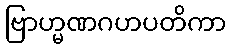
ဗြာဟ္မဏဂဟပတိကာ